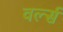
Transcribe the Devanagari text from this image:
वर्ल्स